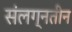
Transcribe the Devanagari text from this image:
संलग्नतीन